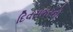
દિવસભરનો